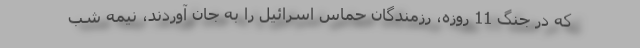
که در جنگ 11 روزه، رزمندگان حماس اسرائیل را به جان آوردند، نیمه شب